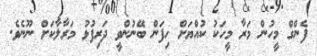
ފެންގް މީހުން މަރާ މީހަކު ކުއްޔަށް ހިފަން ބޭނުންވީ ދަރިފުޅު މަރާލާކަށް ނޫނެވެ.